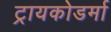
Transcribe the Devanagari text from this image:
ट्रायकोडर्मा